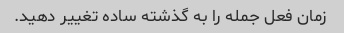
زمان فعل جمله را به گذشته ساده تغییر دهید.